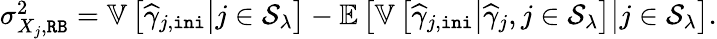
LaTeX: \begin{array}{r}{\sigma_{X_{j},\mathtt{RB}}^{2}=\mathbb{V}\left[\left.\widehat{\gamma}_{j,\mathtt{ini}}\right|j\in\mathcal{S}_{\lambda}\right]-\mathbb{E}\left[\left.\mathbb{V}\left[\left.\widehat{\gamma}_{j,\mathtt{ini}}\right|\widehat{\gamma}_{j},j\in\mathcal{S}_{\lambda}\right]\right|j\in\mathcal{S}_{\lambda}\right].}\end{array}